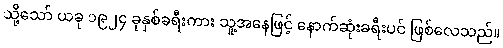
သို့သော် ယခု ၁၉၂၄ ခုနှစ်ခရီးကား သူ့အနေဖြင့် နောက်ဆုံးခရီးပင် ဖြစ်လေသည်။